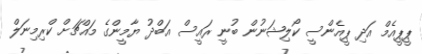
ޕީޕީއެމް އަދި ޕީއެންސީ ކޯލިޝަނުން ބުނީ ރައީސް އަބްދު ޔާމީންގެ މައްޗަށް ކްރިމިނަލް